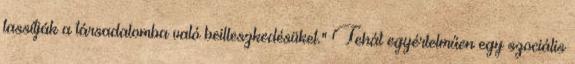
lassítják a társadalomba való beilleszkedésüket." Tehát egyértelműen egy szociális